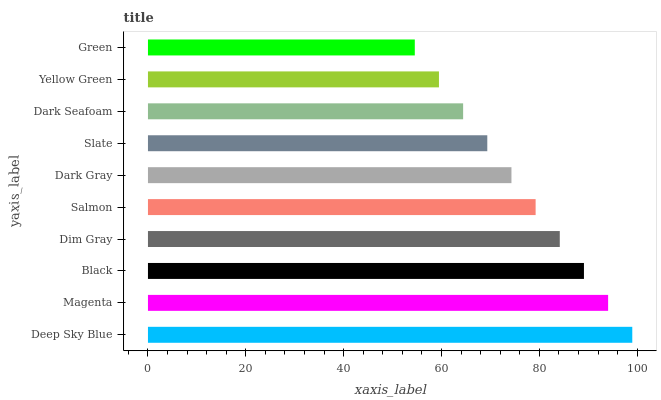
| yaxis_label | bars |
 | --- | --- |
 | Deep Sky Blue | 99 |
 | Magenta | 94.1 |
 | Black | 89.1 |
 | Dim Gray | 84.2 |
 | Salmon | 79.2 |
 | Dark Gray | 74.3 |
 | Slate | 69.4 |
 | Dark Seafoam | 64.4 |
 | Yellow Green | 59.5 |
 | Green | 54.5 |